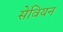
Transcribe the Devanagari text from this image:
सेवियन